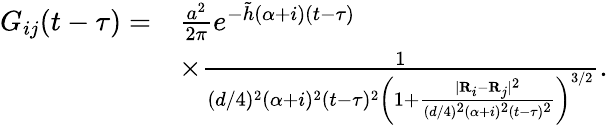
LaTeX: \begin{array}{rl}{G_{ij}(t-\tau)=}&{\frac{a^{2}}{2\pi}e^{-\tilde{h}(\alpha+i)(t-\tau)}}\\ &{\times\frac{1}{(d/4)^{2}(\alpha+i)^{2}(t-\tau)^{2}\left(1+\frac{\lvert{\mathbf R}_{i}-{\mathbf R}_{j}\rvert^{2}}{(d/4)^{2}(\alpha+i)^{2}(t-\tau)^{2}}\right)^{3/2}}.}\end{array}